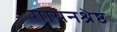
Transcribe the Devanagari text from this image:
गायनश्रेष्ठ